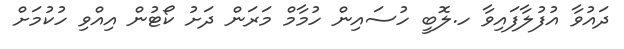
ދައުވާ އުފުލާފައިވާ ހ.ލޮބީ ހުސައިން ހުމާމް މަރަން ދަށު ކޯޓުން އިއްވި ހުކުމަށް